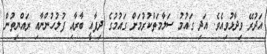
އަދުރޭ ވިދާޅުވިއެވެ. އަދި ގައުމު ސަލާމަތްކުރުމަށް ގައުމުގެ ދިފާއީ ބާރާއި ފުލުހުންނާއި ރައްޔިތުން